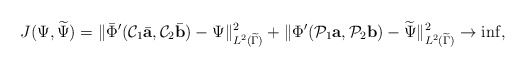
\begin{align*}J(\Psi,\widetilde \Psi)=\Vert \bar \Phi'(\mathcal C_1\bar {\mbox{\bf a}},\mathcal C_2\bar {\mbox{\bf b}})-\Psi\Vert^2_{L^2(\widetilde \Gamma)}+\Vert \Phi'(\mathcal P_1{\mbox{\bf a}},\mathcal P_2{\mbox{\bf b}})-{\widetilde\Psi}\Vert^2_{L^2(\widetilde \Gamma)}\rightarrow \inf,\end{align*}